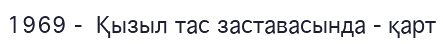
1969 -  Қызыл тас заставасында - қарт